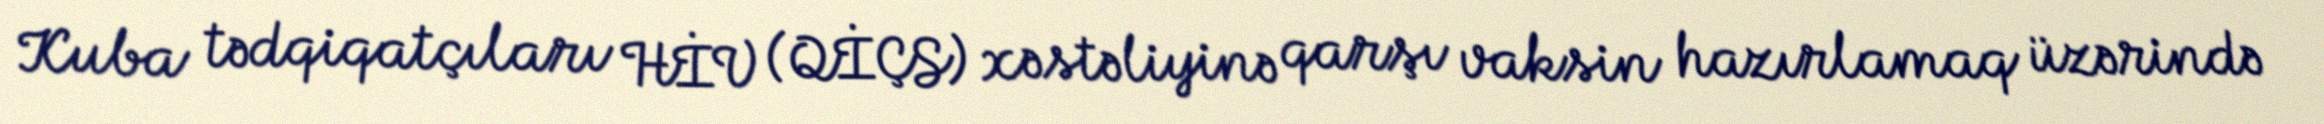
Kuba tədqiqatçıları HİV (QİÇS) xəstəliyinə qarşı vaksin hazırlamaq üzərində